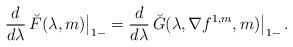
LaTeX: \begin{align*} \frac{d}{d\lambda}\,\breve F(\lambda, m)\big|_{1-}=\frac{d}{d\lambda}\,\breve G(\lambda,\nabla f^{1,m}, m)\big|_{1-}\,.\end{align*}